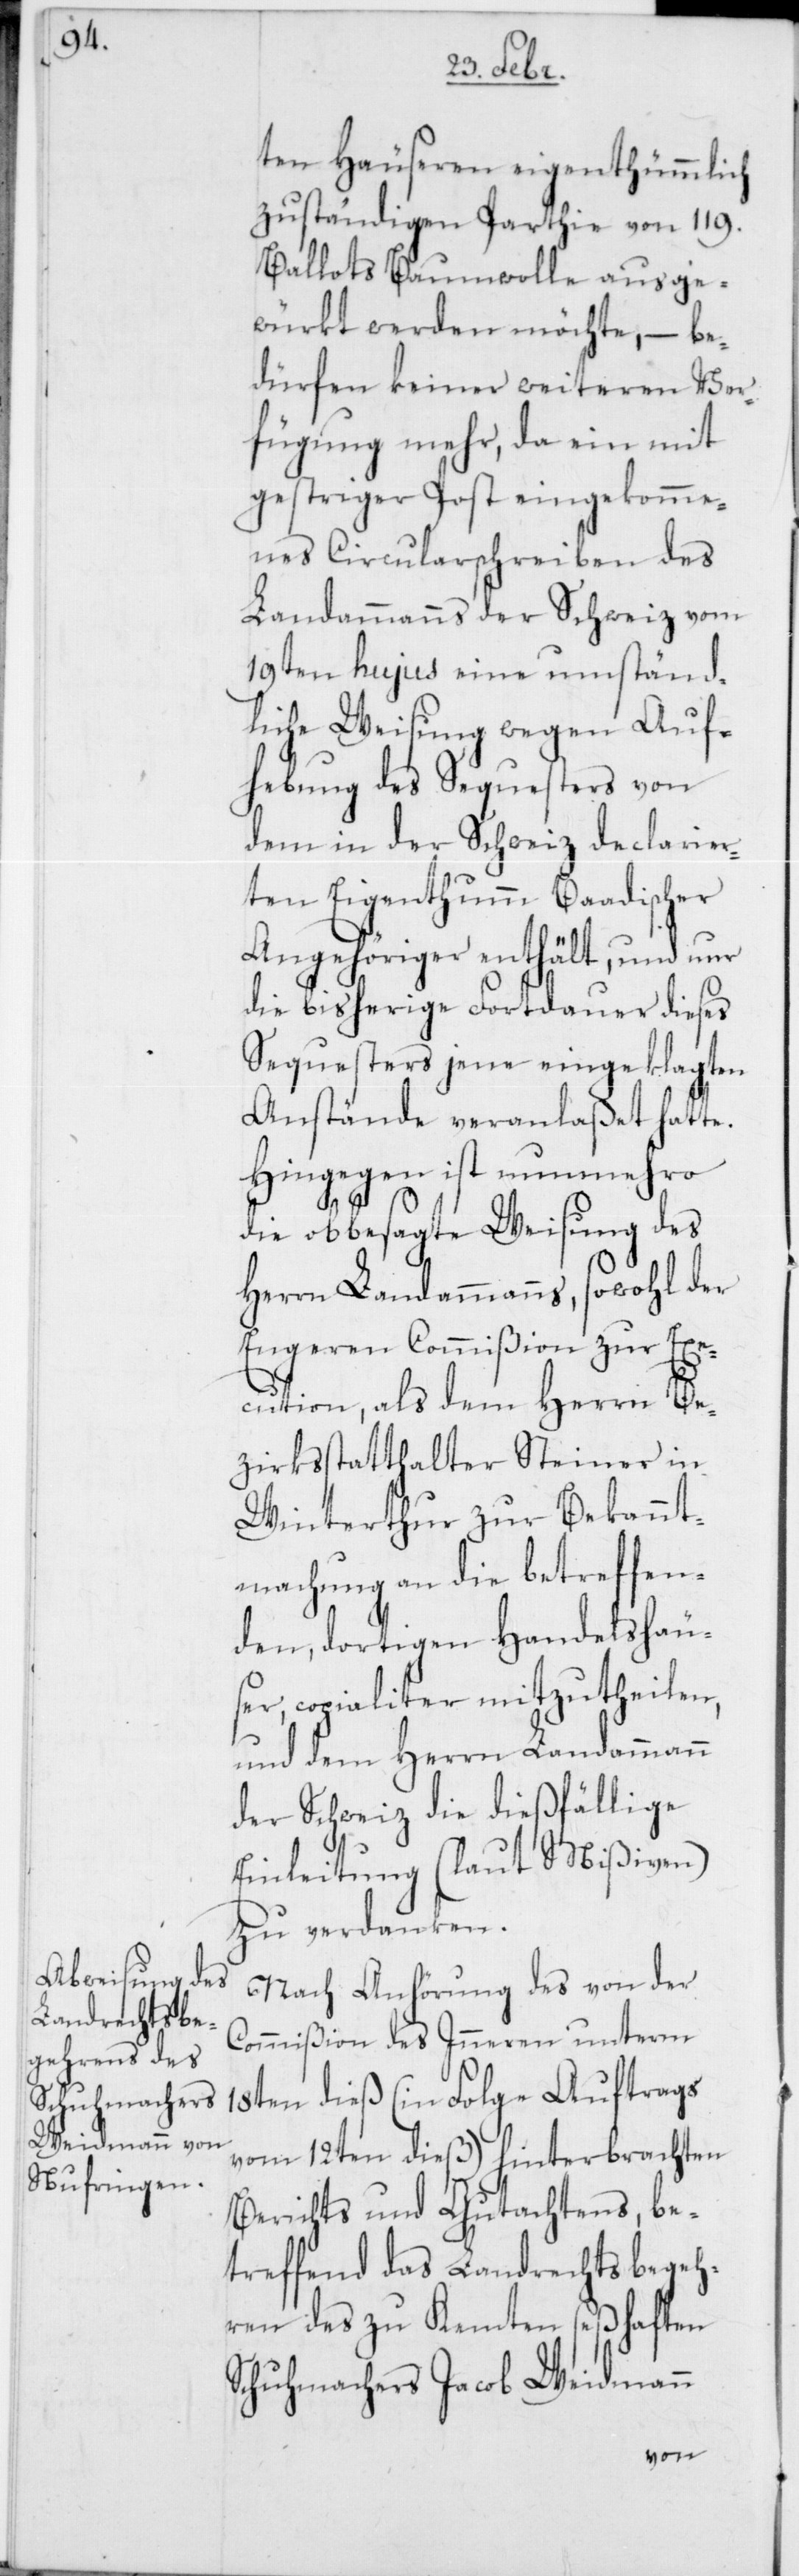
ten Häuseren eigenthümlich
zuständigen Parthie von 119.
Ballots Baumwolle ausge¬
würkt werden möchte, – be¬
dürfen keiner weiteren Ver¬
fügung mehr, da ein mit
gestriger Post eingekomme¬
nes Circularschreiben des
Landammanns der Schweiz vom
19ten hujus eine umständ¬
liche Weisung wegen Auf¬
hebung des Sequesters von
dem in der Schweiz declarier¬
ten Eigenthumm Baadischer
Angehöriger enthält, und nur
die bisherige Fortdauer dieses
Sequesters jene eingeklagten
Anstände veranlaßet hatte.
Hingegen ist nunmehro
die obbesagte Weisung des
Herrn Landammanns, sowohl der
Engeren Commißion zur Exe¬
cution, als dem Herrn Be¬
zirksstatthalter Steiner in
Winterthur zur Bekannt¬
machung an die betreffen¬
den dortigen Handelshäus¬
er, copialiter mitzutheilen,
und dem Herrn Landammann
der Schweiz die dießfällige
Einleitung (laut Mißiven)
zu verdanken.
Nach Anhörung des von der
Commißion des Inneren unterm
18ten dieß (in Folge Auftrags
vom 12ten dieß) hinterbrachten
Berichts und Gutachtens, be¬
treffend das Landrechtsbegeh¬
ren des zu Kem[p]ten seßhaften
Schuhmachers Jacob Weidmann